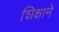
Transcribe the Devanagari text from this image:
शिक्षामे